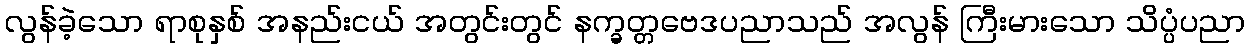
လွန်ခဲ့သော ရာစုနှစ် အနည်းငယ် အတွင်းတွင် နက္ခတ္တဗေဒပညာသည် အလွန် ကြီးမားသော သိပ္ပံပညာ